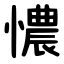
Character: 憹